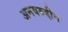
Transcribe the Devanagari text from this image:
अनवरुद्दीन